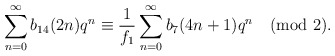
\begin{align*}\sum_{n=0}^{\infty}b_{14}(2n)q^{n}\equiv\frac{1}{f_1}\sum_{n=0}^{\infty}b_7(4n+1)q^{n}\pmod{2}.\end{align*}